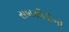
સબસીડીની